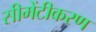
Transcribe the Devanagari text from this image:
सीमेंटीकरण